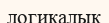
логикалық